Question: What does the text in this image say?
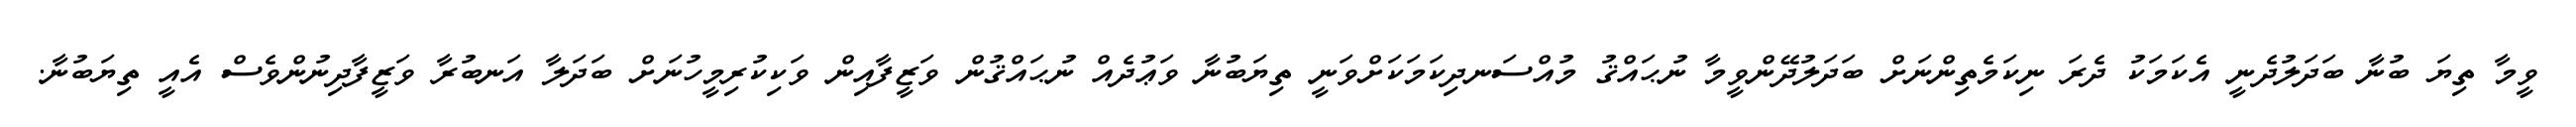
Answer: ވީމާ ތިޔަ ބުނާ ބަދަލުދެނީ އެކަމަކު ދެރަ ނިކަމެތިންނަށް ބަދަލުދޭންވީމާ ނުޙައްޤު މުއްސަނދިކަމަކަށްވަނީ ތިޔަބުނާ ވަޢުދެއް ނުޙައްޤުން ވަޒީފާއިން ވަކިކުރިމީހުނަށް ބަދަލާ އަނބުރާ ވަޒީފާދިނުންވެސް އެއީ ތިޔަބުނާ.